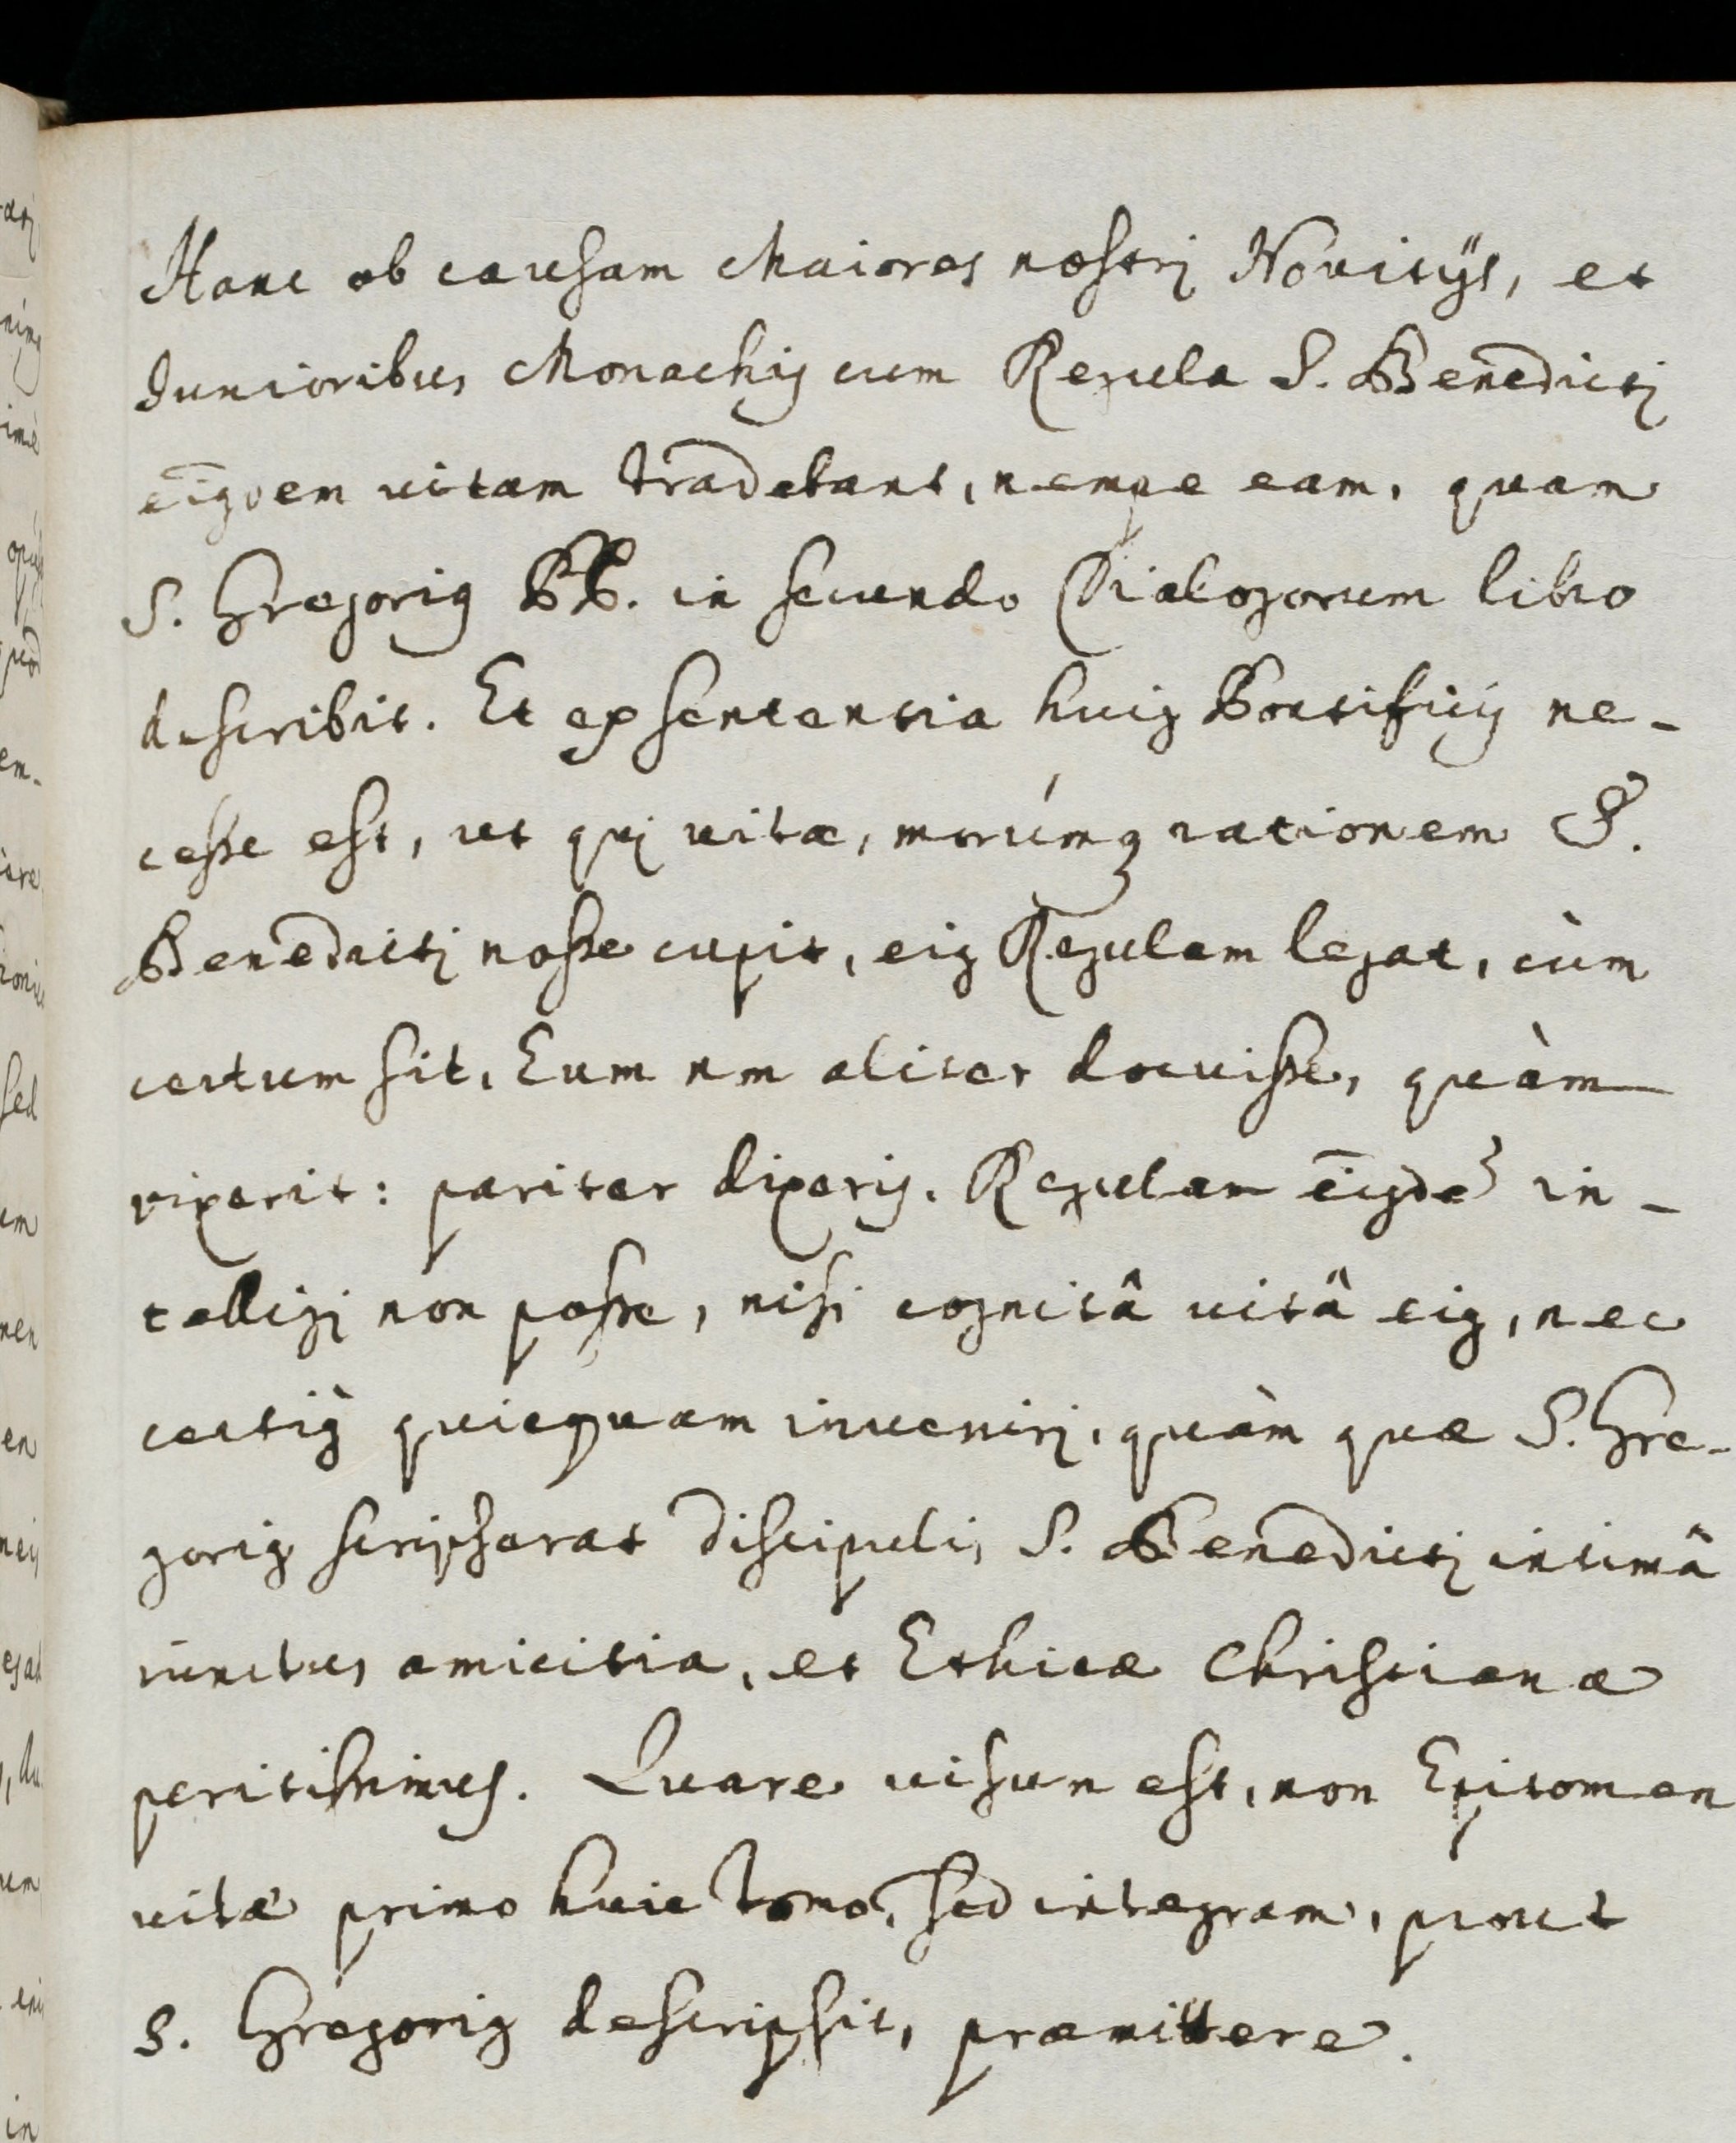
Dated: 1600–1699